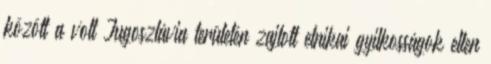
között a volt Jugoszlávia területén zajlott etnikai gyilkosságok ellen